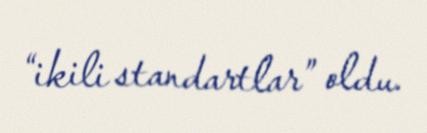
“ikili standartlar” oldu.